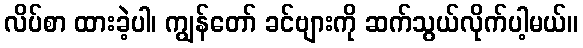
လိပ်စာ ထားခဲ့ပါ၊ ကျွန်တော် ခင်ဗျားကို ဆက်သွယ်လိုက်ပါ့မယ်။